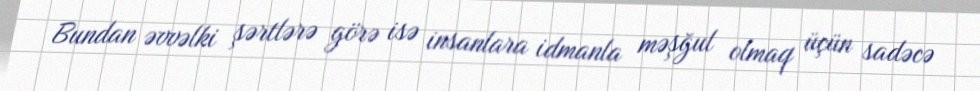
Bundan əvvəlki şərtlərə görə isə insanlara idmanla məşğul olmaq üçün sadəcə